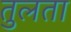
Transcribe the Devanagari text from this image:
तुलता